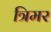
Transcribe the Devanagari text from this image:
त्रिमर